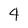
Character: 4